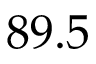
8 9 . 5